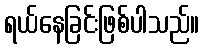
ရယ်နေခြင်းဖြစ်ပါသည်။